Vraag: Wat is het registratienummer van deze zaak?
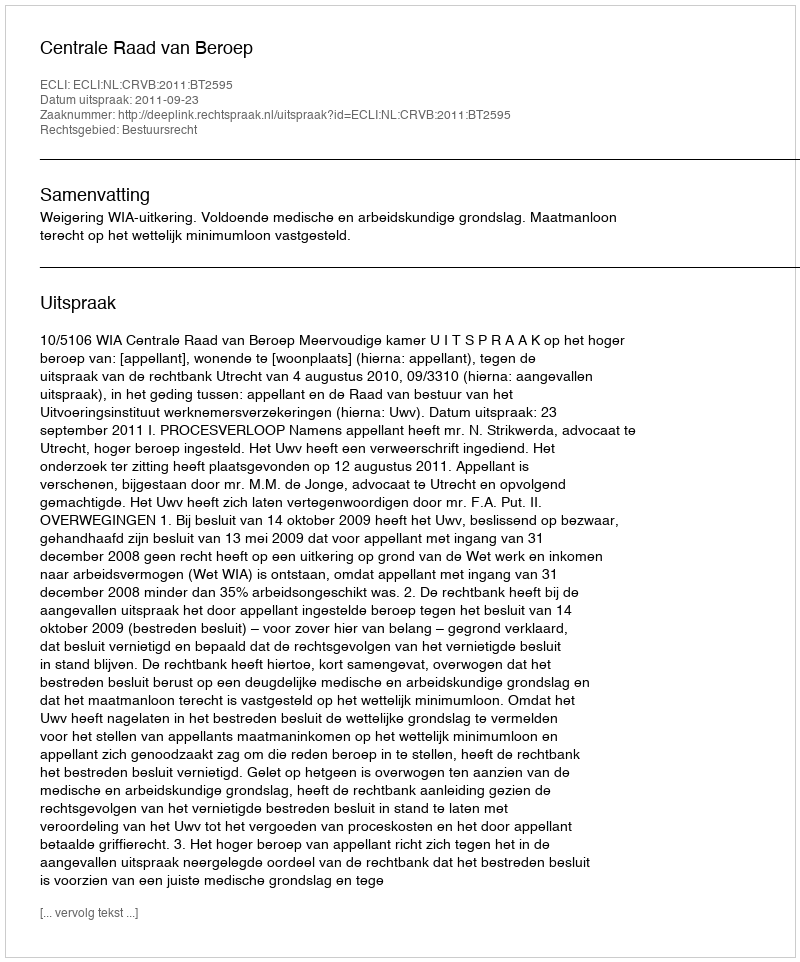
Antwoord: http://deeplink.rechtspraak.nl/uitspraak?id=ECLI:NL:CRVB:2011:BT2595